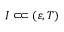
I \subset \joinrel \subset ( \varepsilon , T )